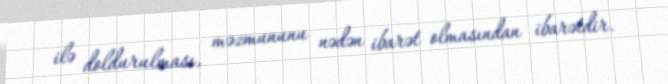
ilə doldurulması, məzmununu nədən ibarət olmasından ibarətdir.